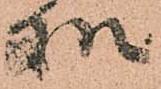
処